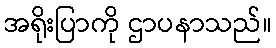
အရိုးပြာကို ဌာပနာသည်။